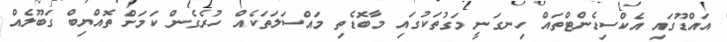
އައްޑޫގައި އެކްސިޑެންޓްތައް ހިނގަނީ މަގުތަކުގައި މާބޮޑެތި މައްސަލަތަކެއް ހުރެގެން ކަމަށް ތޮއްޔިބް ގަބޫލެއް